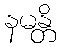
နမန္တိ